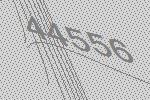
44556